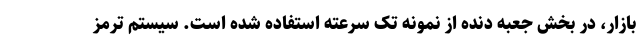
بازار، در بخش جعبه دنده از نمونه تک سرعته استفاده شده است. سیستم ترمز